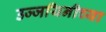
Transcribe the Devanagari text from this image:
उज्जयिनीच्या